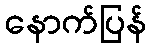
နောက်ပြန်